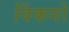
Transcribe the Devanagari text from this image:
विंकगो